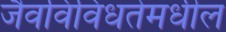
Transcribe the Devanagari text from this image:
जैवविविधतेमधील